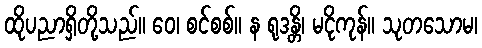
ထိုပညာရှိတို့သည်။ ဝေ၊ စင်စစ်။ န ရုဒန္တိ၊ မငိုကုန်။ သုတသောမ၊